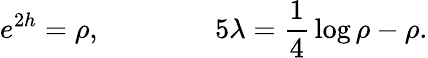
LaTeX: e^{2h}=\rho,\qquad\qquad 5\lambda={\frac{1}{4}}\log{\rho}-\rho.